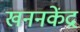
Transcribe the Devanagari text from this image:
खननकेंद्र